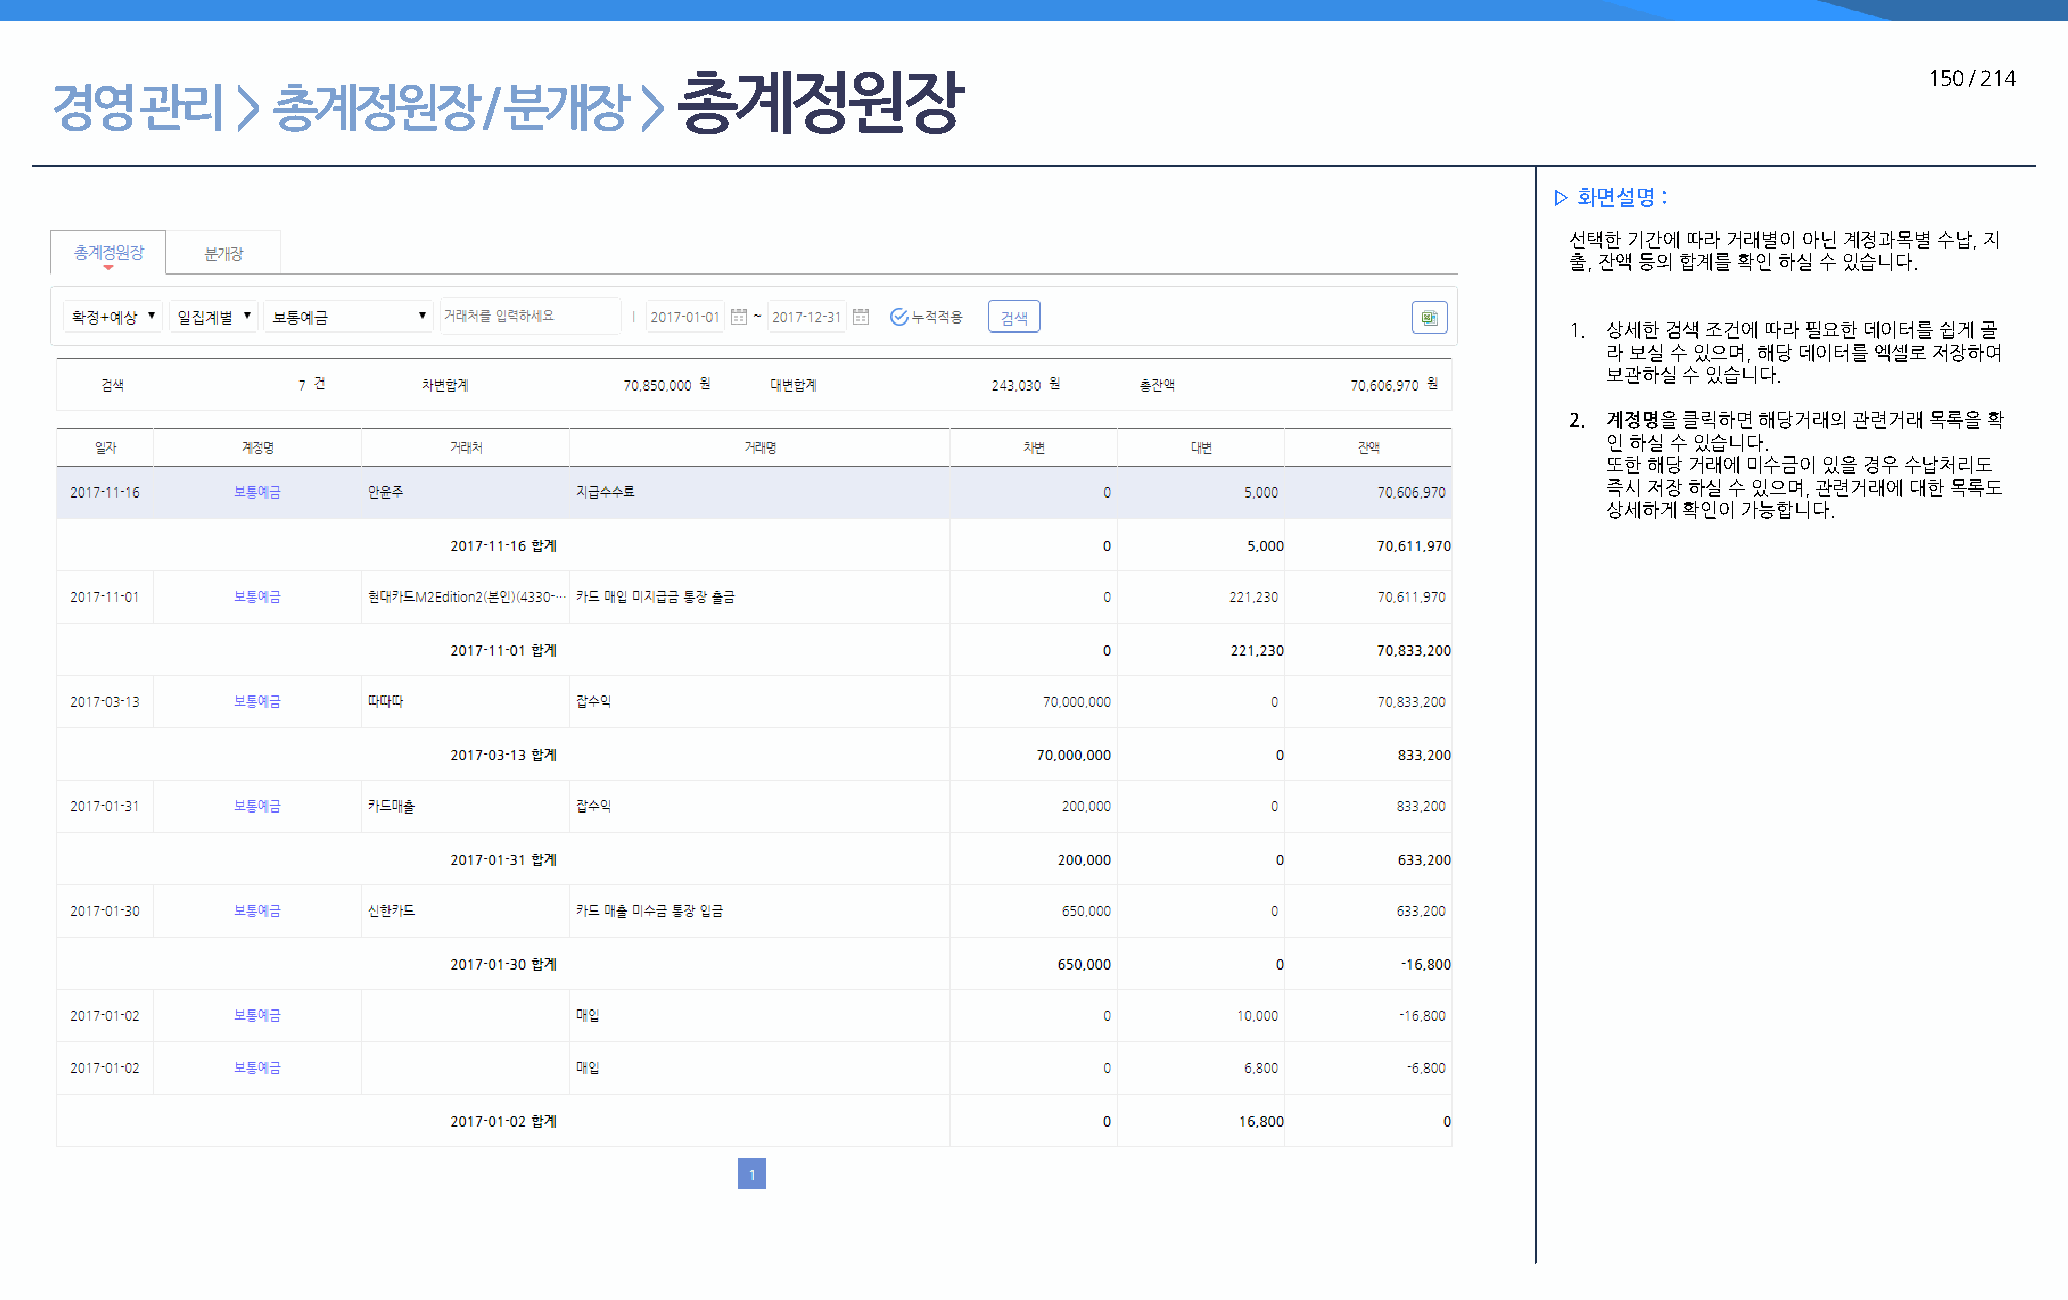
총계정원장                                                                              150 / 214
 경영    관리     > 총계정원장         / 분개장     >
 ▷ 화면설명 :
 선택한 기간에 따라 거래별이 아닌 계정과목별 수납, 지
 출, 잔액 등의 합계를 확인 하실 수 있습니다.
 1. 상세한 검색 조건에 따라 필요한 데이터를 쉽게 골
 라 보실 수 있으며, 해당 데이터를 엑셀로 저장하여
 보관하실 수 있습니다.
 2. 계정명을 클릭하면 해당거래의 관련거래 목록을 확
 인 하실 수 있습니다.
 또한 해당 거래에 미수금이 있을 경우 수납처리도
 즉시 저장 하실 수 있으며, 관련거래에 대한 목록도
 상세하게 확인이 가능합니다.